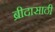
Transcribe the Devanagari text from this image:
ब्रीदासाठी